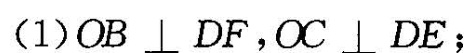
(1)OB \perp DF，OC \perp